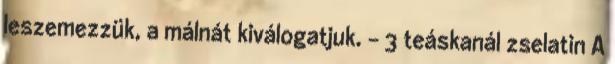
leszemezzük, a málnát kiválogatjuk. - 3 teáskanál zselatin A